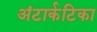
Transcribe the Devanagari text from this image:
अंटार्कटिका